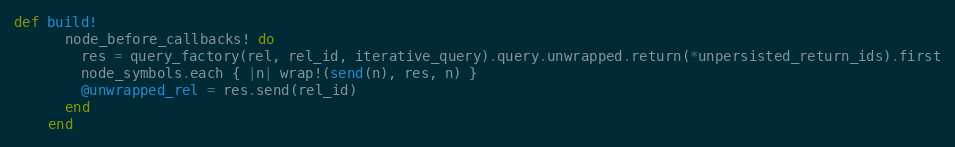
Language: Ruby
def build!
      node_before_callbacks! do
        res = query_factory(rel, rel_id, iterative_query).query.unwrapped.return(*unpersisted_return_ids).first
        node_symbols.each { |n| wrap!(send(n), res, n) }
        @unwrapped_rel = res.send(rel_id)
      end
    end